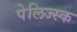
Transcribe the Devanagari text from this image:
पेलिज्स्क